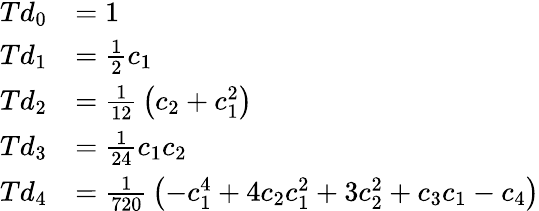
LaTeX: {\begin{array}{rl}{Td_{0}}&{=1}\\ {Td_{1}}&{={\frac{1}{2}}c_{1}}\\ {Td_{2}}&{={\frac{1}{12}}\left(c_{2}+c_{1}^{2}\right)}\\ {Td_{3}}&{={\frac{1}{24}}c_{1}c_{2}}\\ {Td_{4}}&{={\frac{1}{720}}\left(-c_{1}^{4}+4c_{2}c_{1}^{2}+3c_{2}^{2}+c_{3}c_{1}-c_{4}\right)}\end{array}}